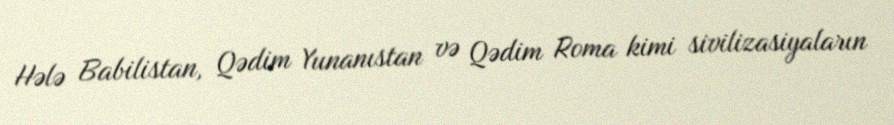
Hələ Babilistan, Qədim Yunanıstan və Qədim Roma kimi sivilizasiyaların